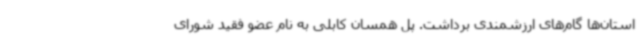
استان‌ها گام‌های ارزشمندی برداشت. پل همسان کابلی به نام عضو فقید شورای